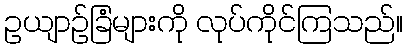
ဥယျာဉ်ခြံများကို လုပ်ကိုင်ကြသည်။